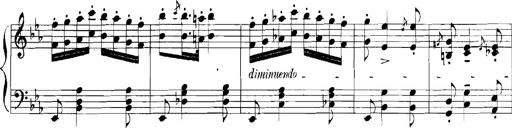
Title: Rhapsodies hongroises
Composer: Franz Liszt